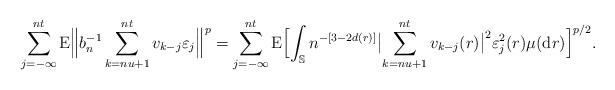
LaTeX: \begin{align*}\sum_{j=-\infty}^{nt}\operatorname E\Bigl\|b_n^{-1}\sum_{k=nu+1}^{nt}v_{k-j}\varepsilon_j\Bigr\|^p=\sum_{j=-\infty}^{nt}\operatorname E\Bigl[\int_\mathbb Sn^{-[3-2d(r)]}\bigl|\sum_{k=nu+1}^{nt}v_{k-j}(r)\bigr|^2\varepsilon_j^2(r)\mu(\mathrm dr)\Bigr]^{p/2}.\end{align*}